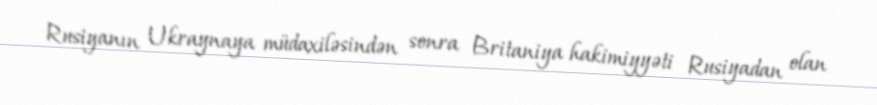
Rusiyanın Ukraynaya müdaxiləsindən sonra Britaniya hakimiyyəti Rusiyadan olan